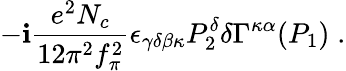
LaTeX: -\mathbf{i}\frac{{e^{2}N_{c}}}{{12\pi^{2}f_{\pi}^{2}}}\epsilon_{\gamma\delta\beta\kappa}P_{2}^{\delta}\delta\Gamma^{\kappa\alpha}(P_{1})\; .